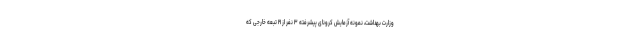
وزارت بهداشت، نمونه آزمایش کرونای پیشرفته ۳ نفر از ۲۱ تبعه خارجی که